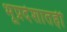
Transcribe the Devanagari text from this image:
भूप्रदेशातही